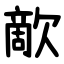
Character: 歒